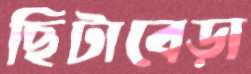
ছিটাবেড়া